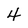
Character: 4